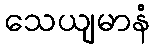
သေယျမာနံ